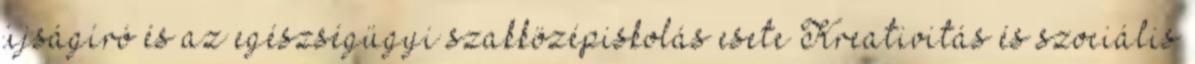
újságíró és az egészségügyi szakközépiskolás esete Kreativitás és szociális